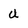
Character: u